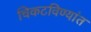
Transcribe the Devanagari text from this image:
चिकटविण्यांत